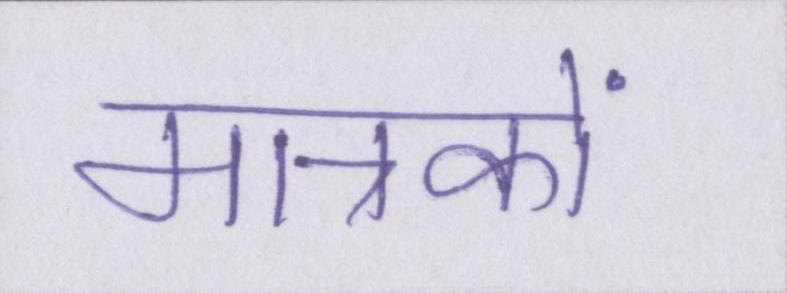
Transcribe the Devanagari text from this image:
मात्रकों